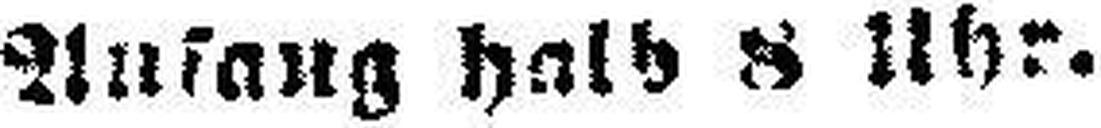
Aufang hald 8 Uhr.